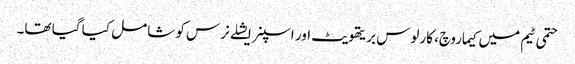
حتمی ٹیم میں کیماروچ، کارلوس بریتھویٹ اور اسپنر ایشلے نرس کو شامل کیا گیا تھا۔